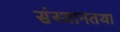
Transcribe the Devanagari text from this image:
संस्थानतथा